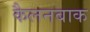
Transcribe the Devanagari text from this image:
कैलनबाक